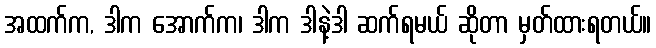
အထက်က, ဒါက အောက်က၊ ဒါက ဒါနဲ့ဒါ ဆက်ရမယ် ဆိုတာ မှတ်ထားရတယ်။